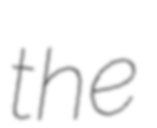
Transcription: the